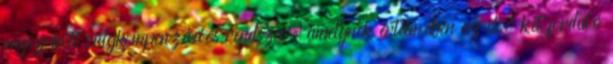
megszokott súlykompenzációs rendszer, amelynek értelmében az első két forduló